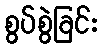
စွပ်စွဲခြင်း